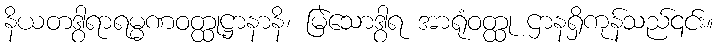
နိယတဒွါရာရမ္မဏဝတ္ထုဋ္ဌာနာနိ၊ မြဲသောဒွါရ အာရုံဝတ္ထု ဌာနရှိကုန်သည်၎င်း။